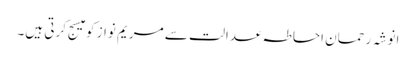
انوشہ رحمان احاطہ عدالت سے مریم نواز کو میسج کرتی ہیں۔